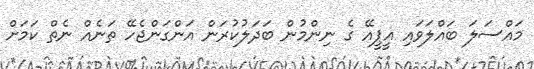
މައްސަލަ ބައްލަވައި އީޕީއޭ ގެ ނިންމުން ބަދަލުކުރަން އަންގަންޖެހޭ ތަނެއް ނެތް ކަމަށް